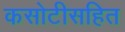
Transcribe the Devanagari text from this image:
कसोटीसहित